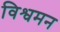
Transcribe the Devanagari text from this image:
विश्वमन